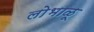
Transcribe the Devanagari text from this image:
लोभाळू